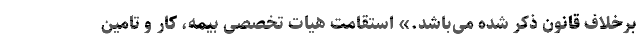
برخلاف قانون ذکر شده می‌باشد.» استقامت هیات تخصصی بیمه، کار و تامین